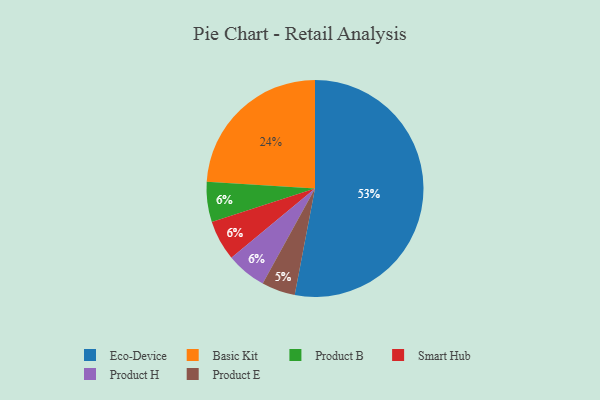
{"axis": {"x": "Category", "y": "Percentage"}, "legend": ["Basic Kit", "Eco-Device", "Product B", "Product E", "Product H", "Smart Hub"], "data": [{"x": "Product B", "y": 6, "type": "Product B"}, {"x": "Smart Hub", "y": 6, "type": "Smart Hub"}, {"x": "Basic Kit", "y": 24, "type": "Basic Kit"}, {"x": "Product E", "y": 5, "type": "Product E"}, {"x": "Product H", "y": 6, "type": "Product H"}, {"x": "Eco-Device", "y": 53, "type": "Eco-Device"}]}